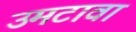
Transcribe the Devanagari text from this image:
उमटावा